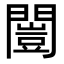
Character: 闓